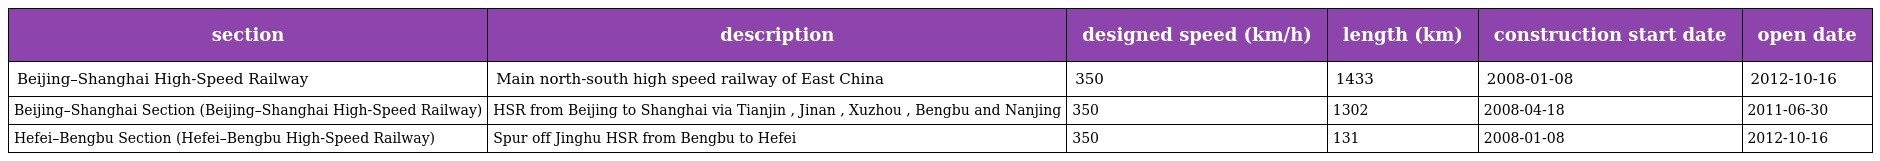
| section | description | designed speed (km/h) | length (km) | construction start date | open date |
 | --- | --- | --- | --- | --- | --- |
 | Beijing–Shanghai High-Speed Railway | Main north-south high speed railway of East China | 350 | 1433 | 2008-01-08 | 2012-10-16 |
 | Beijing–Shanghai Section (Beijing–Shanghai High-Speed Railway) | HSR from Beijing to Shanghai via Tianjin , Jinan , Xuzhou , Bengbu and Nanjing | 350 | 1302 | 2008-04-18 | 2011-06-30 |
 | Hefei–Bengbu Section (Hefei–Bengbu High-Speed Railway) | Spur off Jinghu HSR from Bengbu to Hefei | 350 | 131 | 2008-01-08 | 2012-10-16 |